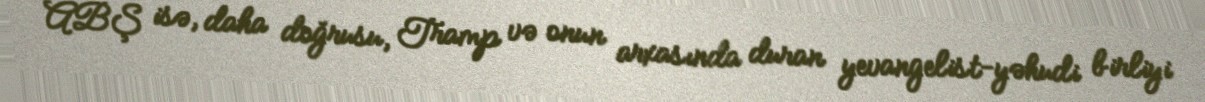
ABŞ isə, daha doğrusu, Tramp və onun arxasında duran yevangelist-yəhudi birliyi